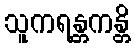
သူကရန္တကန္တိ